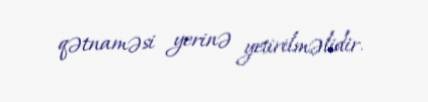
qətnaməsi yerinə yetirilməlidir.